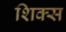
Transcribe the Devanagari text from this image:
शिक्स